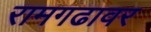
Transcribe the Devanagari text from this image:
रामगढावर